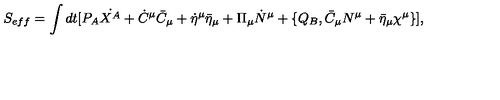
S _ { e f f } = \int d t [ P _ { A } \dot { X ^ { A } } + \dot { C } ^ { \mu } \bar { C } _ { \mu } + \dot { \eta } ^ { \mu } \bar { \eta } _ { \mu } + \Pi _ { \mu } \dot { N } ^ { \mu } + \{ Q _ { B } , \bar { C } _ { \mu } N ^ { \mu } + \bar { \eta } _ { \mu } \chi ^ { \mu } \} ] ,